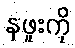
နဖူးကို